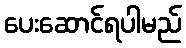
ပေးဆောင်ရပါမည်